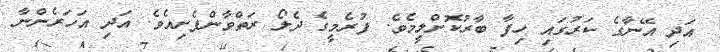
އަދި އޭނާގެ ކަރުގައި ހިފާ ބާރުކޮށްލީމެވެ. ފުރެމީގެ ދެލޯ ރަތްވާންފެށިއެވެ. އަދި އަހަރެންނާ